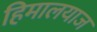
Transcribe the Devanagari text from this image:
हिमालयाज